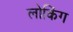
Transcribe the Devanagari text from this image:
लोकिंग